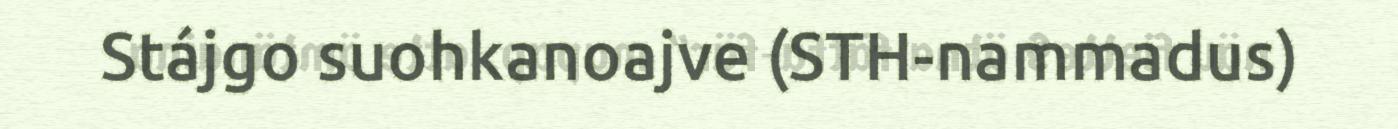
Stájgo suohkanoajve (STH-nammadus)